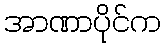
အာဏာပိုင်က